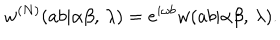
w ^ { ( N ) } ( a b | \alpha \beta , \, \lambda ) = e ^ { i \omega b } w ( a b | \alpha \beta , \, \lambda ) .